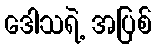
ဒေါသရဲ့ အပြစ်